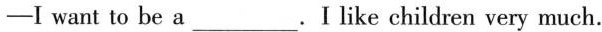
-I want to be a ___ . I like children very much.